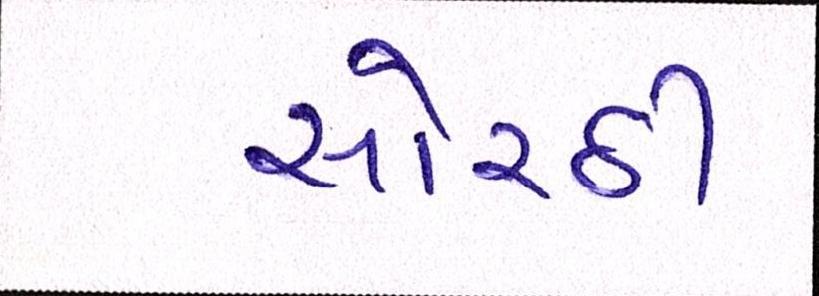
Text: સોરઠી